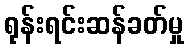
ရုန်းရင်းဆန်ခတ်မှု